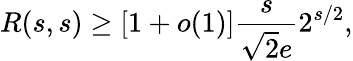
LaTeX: R(s,s)\geq[1+o(1)]{\frac{s}{{\sqrt{2}}e}}2^{s/2},